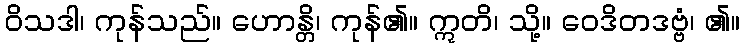
ဝိသဒါ၊ ကုန်သည်။ ဟောန္တိ၊ ကုန်၏။ ဣတိ၊ သို့။ ဝေဒိတဒဗ္ဗံ၊ ၏။